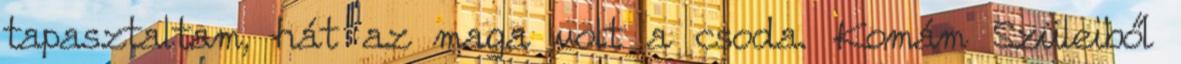
tapasztaltam, hát az maga volt a csoda. Komám Szüleiből